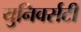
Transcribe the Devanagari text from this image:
युनिवर्सटी